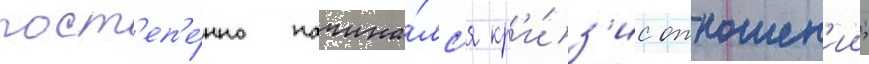
пост'еп'е́нно начина́лс'я кр'и́з'ис отношен'ии;